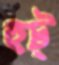
হুট্‌